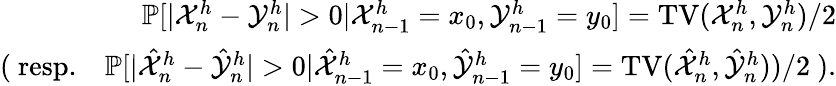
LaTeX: \begin{array}{r}{\mathbb{P}[|{\mathcal X}_{n}^{h}-{\mathcal Y}_{n}^{h}|>0|{\mathcal X}_{n-1}^{h}=x_{0},{\mathcal Y}_{n-1}^{h}=y_{0}]=\mathrm{TV}({\mathcal X}_{n}^{h},{\mathcal Y}_{n}^{h})/2}\\ {(\mathrm{\mathit~resp.}\quad\mathbb{P}[|\hat{\mathcal X}_{n}^{h}-\hat{\mathcal Y}_{n}^{h}|>0|\hat{\mathcal X}_{n-1}^{h}=x_{0},\hat{\mathcal Y}_{n-1}^{h}=y_{0}]=\mathrm{TV}(\hat{\mathcal X}_{n}^{h},\hat{\mathcal Y}_{n}^{h}))/2\ ).}\end{array}